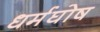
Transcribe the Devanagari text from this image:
धर्मघोष